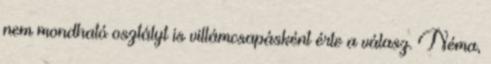
nem mondható osztályt is villámcsapásként érte a válasz. Néma,